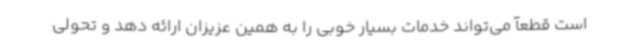
است قطعآ می‌تواند خدمات بسیار خوبی را به همین عزیزان ارائه دهد و تحولی